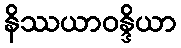
နိဿယာဝန္ဒိယာ